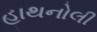
હાથનોલી